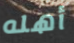
أهله